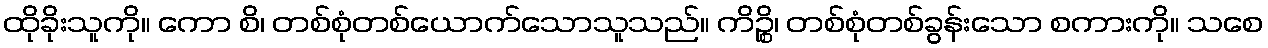
ထိုခိုးသူကို။ ကော စိ၊ တစ်စုံတစ်ယောက်သောသူသည်။ ကိဉ္စိ၊ တစ်စုံတစ်ခွန်းသော စကားကို။ သစေ